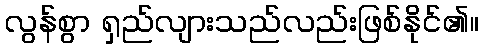
လွန်စွာ ရှည်လျားသည်လည်းဖြစ်နိုင်၏။